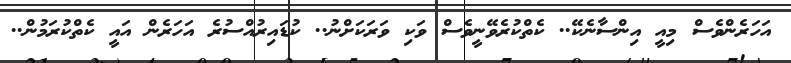
އަހަރެންވެސް މިއީ އިންސާނެކޭ.. ކެތްކުރެވޭނީވެސް ވަކި ވަރަކަށްނު.. ކުޑައިރުއްސުރެ އަހަރެން އައީ ކެތްކުރަމުން..